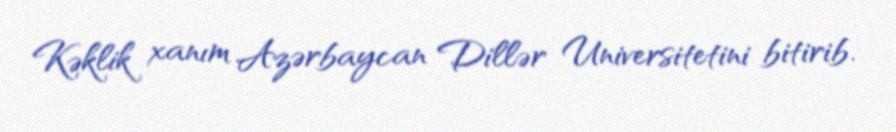
Kəklik xanım Azərbaycan Dillər Universitetini bitirib.